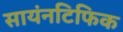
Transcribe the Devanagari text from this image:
सायंनटिफिक